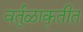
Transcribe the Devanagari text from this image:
वर्तुळाकृतीत